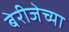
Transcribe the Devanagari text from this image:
बेरीजेच्या